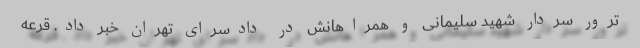
ترور سردار شهید سلیمانی و همراهانش در دادسرای تهران خبر داد. قرعه